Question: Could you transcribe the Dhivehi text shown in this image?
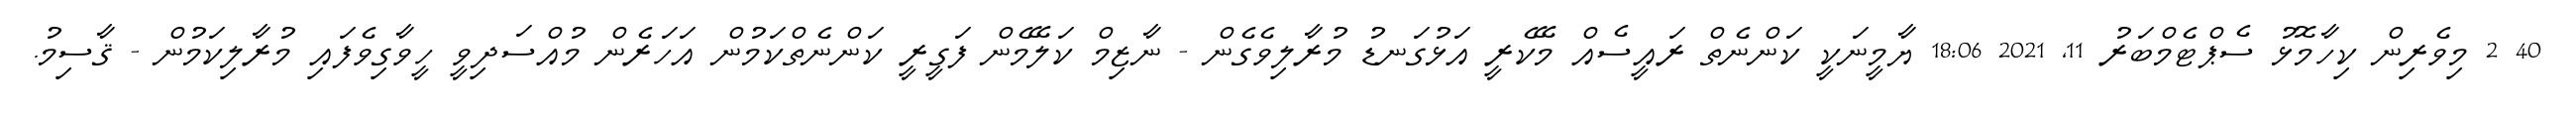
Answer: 40 2 މިވެރިން ކިހާމޮޅު ސެޕްޓެމްބަރު 11, 2021 18:06 ޔާމީނަކީ ކަންނެތް ރައީސެއް މޭކެރީ އަޅުގަނޑު މުރާލިވެގެން - ނާޒިމް ކަލޭމެން ފަގީރީ ކަންނެތްކަމުން އަހަރެން މުއްސަދިވީ ހީވާގިވެފައި މުރާލިކަމުން - ޤާސިމު.